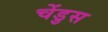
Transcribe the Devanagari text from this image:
चेंडुस